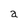
Character: a